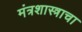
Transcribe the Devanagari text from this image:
मंत्रशास्त्राचा